Some observations on the poison of the banded krait (Bungarus fasciatus) - Number 7
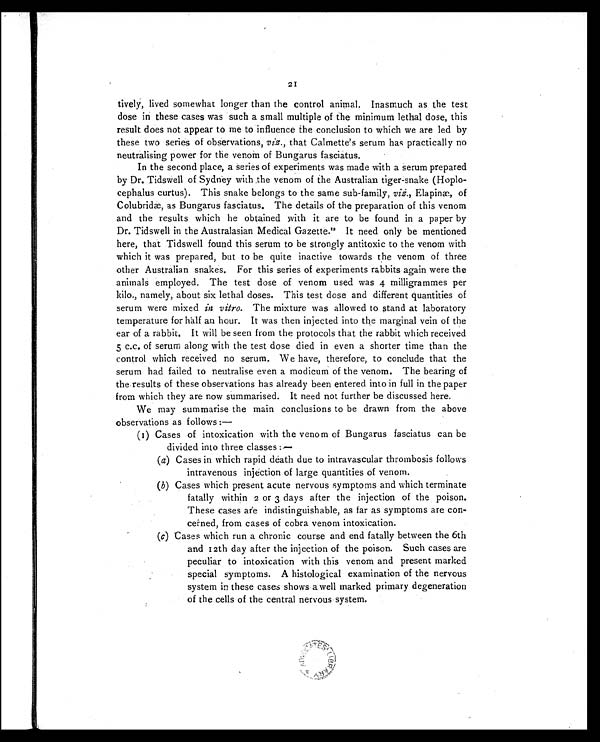
21
tively, lived somewhat longer than the control animal. Inasmuch as the test
dose in these cases was such a small multiple of the minimum lethal dose, this
result does not appear to me to influence the conclusion to which we are led by
these two series of observations, viz ., that Calmette's serum has practically no
neutralising power for the venom of Bungarus fasciatus.
In the second place, a series of experiments was made with a serum prepared
by Dr. Tidswell of Sydney with the venom of the Australian tiger-snake (Hoplo-
-cephalus curtus). This snake belongs to the same sub-family, v i z
E l a p i n æ , o f
Colubridæ, as Bungarus fasciatus. The details of the preparation of this venom
and the results which he obtained with it are to be found in a paper by
Dr. Tidswell in the Australasian Medical Gazette. 12 It need only be mentioned
here, that Tidswell found this serum to be strongly antitoxic to the venom with
which it was prepared, but to be quite inactive towards the venom of three
other Australian snakes. For this series of experiments rabbits again were the
animals employed. The test dose of venom used was 4 milligrammes per
kilo., namely, about six lethal doses. This test dose and different quantities of
serum were mixed in vitro. The mixture was allowed to stand at laboratory
temperature for half an hour. It was then injected into the marginal vein of the
ear of a rabbit. It will be seen from the protocols that the rabbit which received
5 c.c. of serum along with the test dose died in even a shorter time than the
control which received no serum. We have, therefore, to conclude that the
serum had failed to neutralise even a modicum of the venom. The bearing of
the results of these observations has already been entered into in full in the paper
from which they are now summarised. It need not further be discussed here.
We may summarise the main conclusions to be drawn from the above
observations as follows :
—
(1) Cases of intoxication with the venom of Bungarus fasciatus can be
divided into three classes :—
(a)Cases in which rapid death due to intravascular thrombosis follows
intravenous injection of large quantities of venom.
(b)Cases which present acute nervous symptoms and which terminate
fatally within 2 or 3 days after the injection of the poison.
These cases are indistinguishable, as far as symptoms are
con-cerned, from cases of cobra venom intoxication.
(c)Cases which run a chronic course and end fatally between the 6th
and 12th day after the injection of the poison. Such cases are
peculiar to intoxication with this venom and present marked
special symptoms. A histological examination of the nervous
system in these cases shows a well marked primary degeneration
of the cells of the central nervous system.